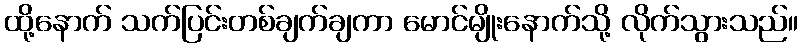
ထို့နောက် သက်ပြင်းတစ်ချက်ချကာ မောင်မျိုးနောက်သို့ လိုက်သွားသည်။